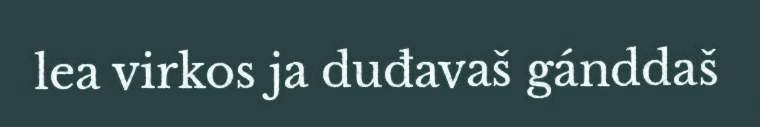
lea virkos ja duđavaš gánddaš